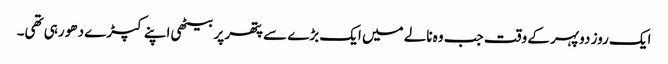
ایک روز دوپہر کے وقت جب وہ نالے میں ایک بڑے سے پتھر پر بیٹھی اپنے کپڑے دھو رہی تھی۔